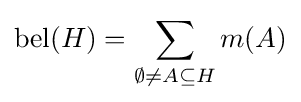
\operatorname {bel} (H)=\sum _{\emptyset \neq A\subseteq H}m(A)